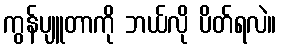
ကွန်ပျူတာကို ဘယ်လို ပိတ်ရလဲ။